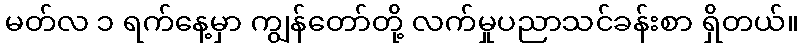
မတ်လ ၁ ရက်နေ့မှာ ကျွန်တော်တို့ လက်မှုပညာသင်ခန်းစာ ရှိတယ်။